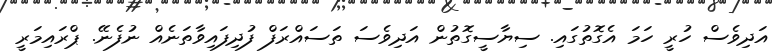
އަދިވެސް ހުރީ ހަމަ އެގޮތުގައި. ސިޔާސީގޮތުން އަދިވެސަ ތަސައްރަފް ފުދިފައިވާތަނެއް ނުފެނޭ. ޕްރައިމަރީ